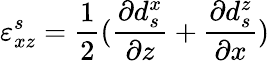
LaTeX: \varepsilon_{xz}^{s}=\frac{1}{2}(\frac{\partial d_{s}^{x}}{\partial z}+\frac{\partial d_{s}^{z}}{\partial x})